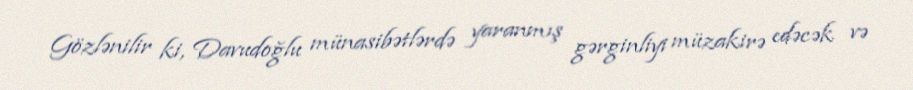
Gözlənilir ki, Davudoğlu münasibətlərdə yaranmış gərginliyi müzakirə edəcək və